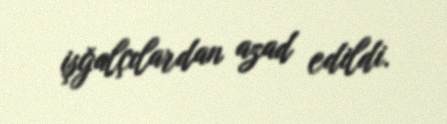
işğalçılardan azad edildi.